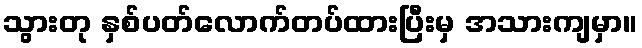
သွားတု နှစ်ပတ်လောက်တပ်ထားပြီးမှ အသားကျမှာ။